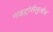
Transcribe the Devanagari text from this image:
नाइट्रोसैलूलोज़